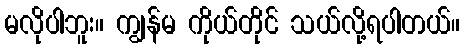
မလိုပါဘူး။ ကျွန်မ ကိုယ်တိုင် သယ်လို့ရပါတယ်။